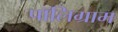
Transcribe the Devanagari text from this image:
पॉलिग्राम